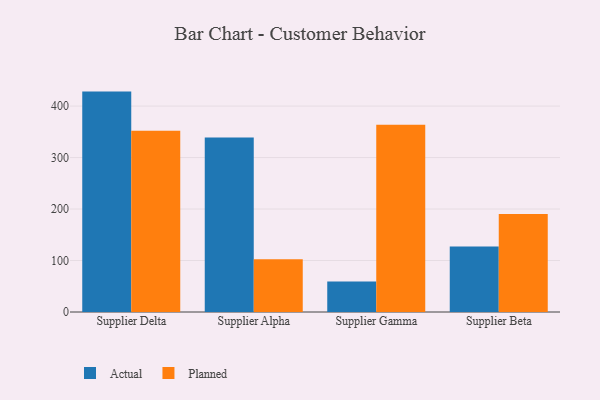
{"axis": {"x": "Supplier", "y": "Demand Index"}, "legend": ["Actual", "Planned"], "data": [{"x": "Supplier Delta", "y": 428.1, "type": "Actual"}, {"x": "Supplier Delta", "y": 352.2, "type": "Planned"}, {"x": "Supplier Alpha", "y": 339.0, "type": "Actual"}, {"x": "Supplier Alpha", "y": 102.3, "type": "Planned"}, {"x": "Supplier Gamma", "y": 59.1, "type": "Actual"}, {"x": "Supplier Gamma", "y": 363.6, "type": "Planned"}, {"x": "Supplier Beta", "y": 127.0, "type": "Actual"}, {"x": "Supplier Beta", "y": 190.5, "type": "Planned"}]}